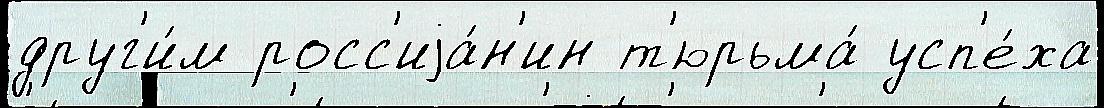
друг'и́м росс'иjа́н'ин т'юрьма́ усп'е́ха